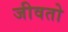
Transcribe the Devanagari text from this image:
जीवतो